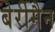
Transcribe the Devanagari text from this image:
बेर्रीमैन